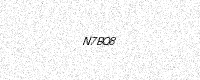
Text: N7BQ8